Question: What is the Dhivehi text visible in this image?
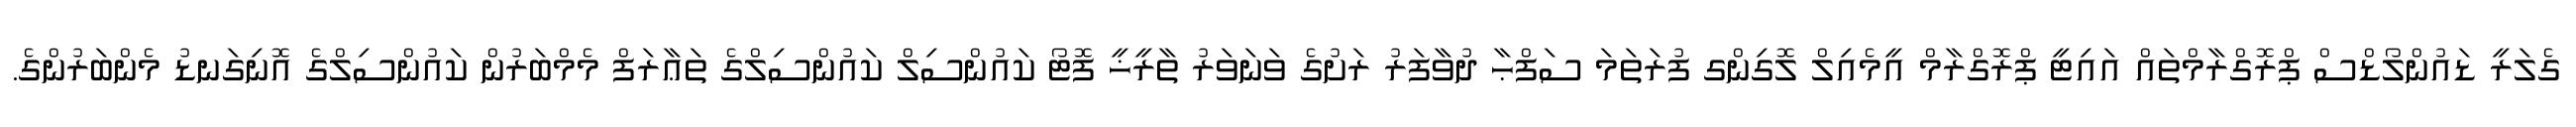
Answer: ގެލަރީ ޑައުންލޯޑްސް ޕްރޮގްރާމްތައް އައިޓީ ޕްރޮގްރާމް އީމެއިލް ލޮގިންގ ފުރަތަމަ ސަފްޙާ ދުވާފަރު ރަށުގެ ވަނަވަރު ތާރީޚީ ފޮޓޯ ކައުންސިލް ކައުންސިލްގެ ތަޢާރަފް މެމްބަރުން ކައުންސިލްގެ އޮނިގަނޑު މެންބަރުންގެ.